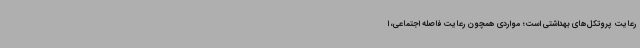
رعایت پروتکل‌های بهداشتی است؛ مواردی همچون رعایت فاصله اجتماعی، ا